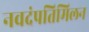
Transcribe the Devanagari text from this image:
नवदंपतिमिलन